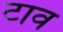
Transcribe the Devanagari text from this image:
टाव